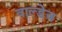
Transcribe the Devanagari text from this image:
वाल्डेज